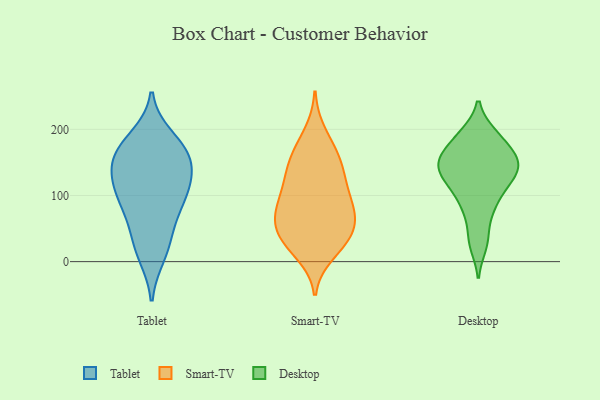
{"axis": {"x": "Satisfaction Score", "y": "Value"}, "legend": ["Desktop", "Smart-TV", "Tablet"], "data": [{"x": "", "y": 21, "type": "Tablet"}, {"x": "", "y": 163, "type": "Tablet"}, {"x": "", "y": 187, "type": "Tablet"}, {"x": "", "y": 97, "type": "Tablet"}, {"x": "", "y": 98, "type": "Tablet"}, {"x": "", "y": 132, "type": "Tablet"}, {"x": "", "y": 157, "type": "Tablet"}, {"x": "", "y": 113, "type": "Tablet"}, {"x": "", "y": 10, "type": "Tablet"}, {"x": "", "y": 176, "type": "Tablet"}, {"x": "", "y": 69, "type": "Tablet"}, {"x": "", "y": 160, "type": "Tablet"}, {"x": "", "y": 104, "type": "Tablet"}, {"x": "", "y": 46, "type": "Tablet"}, {"x": "", "y": 143, "type": "Tablet"}, {"x": "", "y": 70, "type": "Smart-TV"}, {"x": "", "y": 170, "type": "Smart-TV"}, {"x": "", "y": 31, "type": "Smart-TV"}, {"x": "", "y": 195, "type": "Smart-TV"}, {"x": "", "y": 46, "type": "Smart-TV"}, {"x": "", "y": 93, "type": "Smart-TV"}, {"x": "", "y": 113, "type": "Smart-TV"}, {"x": "", "y": 28, "type": "Smart-TV"}, {"x": "", "y": 149, "type": "Smart-TV"}, {"x": "", "y": 49, "type": "Smart-TV"}, {"x": "", "y": 72, "type": "Smart-TV"}, {"x": "", "y": 89, "type": "Smart-TV"}, {"x": "", "y": 26, "type": "Smart-TV"}, {"x": "", "y": 65, "type": "Smart-TV"}, {"x": "", "y": 12, "type": "Smart-TV"}, {"x": "", "y": 117, "type": "Smart-TV"}, {"x": "", "y": 120, "type": "Smart-TV"}, {"x": "", "y": 150, "type": "Smart-TV"}, {"x": "", "y": 156, "type": "Smart-TV"}, {"x": "", "y": 67, "type": "Smart-TV"}, {"x": "", "y": 158, "type": "Desktop"}, {"x": "", "y": 153, "type": "Desktop"}, {"x": "", "y": 187, "type": "Desktop"}, {"x": "", "y": 119, "type": "Desktop"}, {"x": "", "y": 75, "type": "Desktop"}, {"x": "", "y": 193, "type": "Desktop"}, {"x": "", "y": 125, "type": "Desktop"}, {"x": "", "y": 193, "type": "Desktop"}, {"x": "", "y": 130, "type": "Desktop"}, {"x": "", "y": 158, "type": "Desktop"}, {"x": "", "y": 35, "type": "Desktop"}, {"x": "", "y": 118, "type": "Desktop"}, {"x": "", "y": 165, "type": "Desktop"}, {"x": "", "y": 140, "type": "Desktop"}, {"x": "", "y": 154, "type": "Desktop"}, {"x": "", "y": 96, "type": "Desktop"}, {"x": "", "y": 25, "type": "Desktop"}, {"x": "", "y": 82, "type": "Desktop"}, {"x": "", "y": 143, "type": "Desktop"}]}